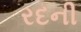
રદની